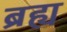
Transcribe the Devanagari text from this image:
ब्रह्य